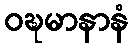
ဝဍ္ဎမာနာနံ